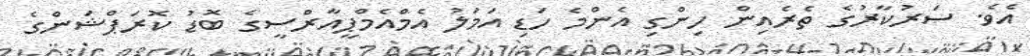
އެވެ. ސަރުކާރުގެ ތެރެއިން ހިންގި އެންމެ ހަޑި އަމަލު އެމްއެމްޕީއާރްސީގެ ބޮޑު ކޮރަޕްޝަންގެ